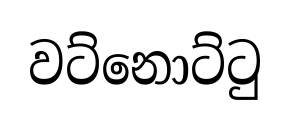
වට්නොට්ටු